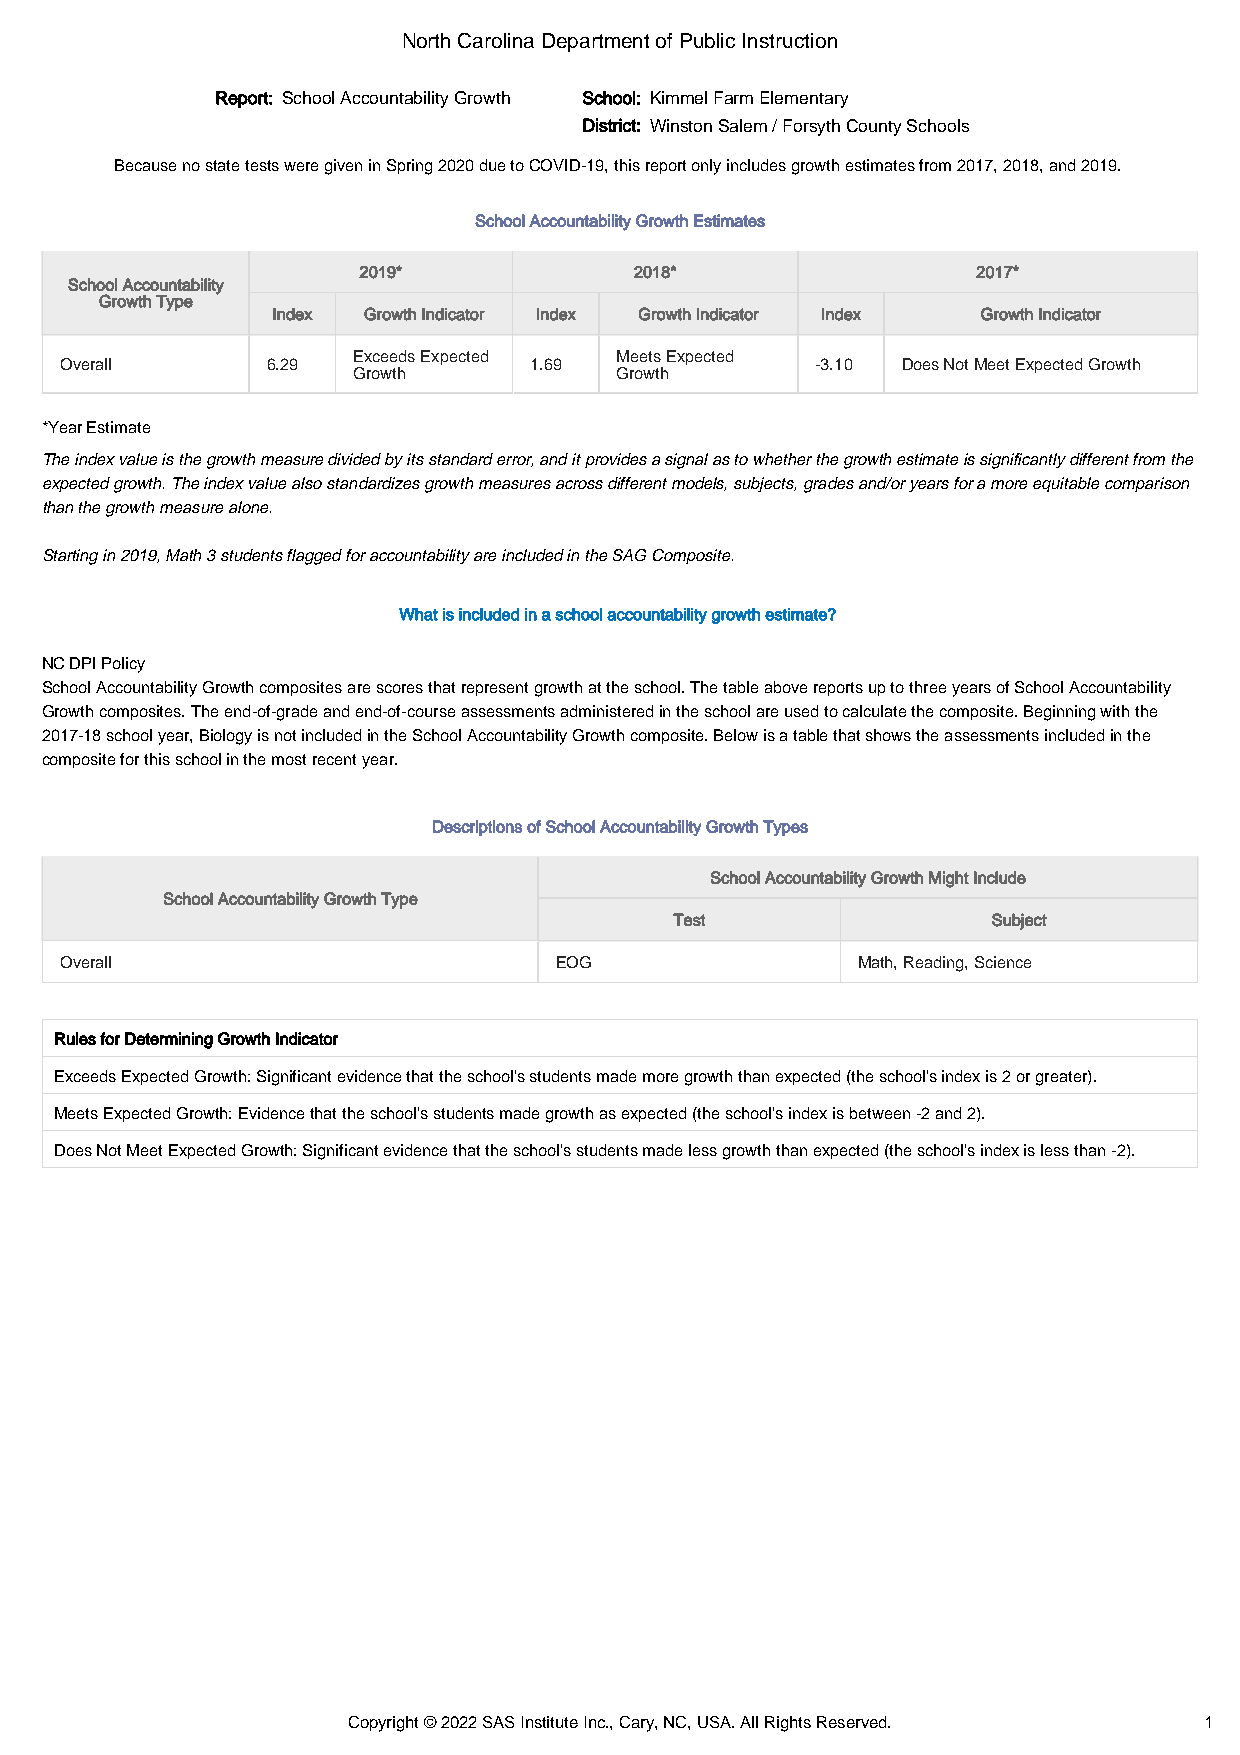
North Carolina Department of Public Instruction
 Report: School Accountability Growth School: Kimmel Farm Elementary
 District: Winston Salem / Forsyth County Schools
 Because no state tests were given in Spring 2020 due to COVID-19, t his report only includes growth estimates from 2017, 2018, and 2019.
 School Accountability Growth Estimates
 2019*             2018*                  2017*
 School Accountability
 Growth Type
 Index Growth Indicator Index Growth Indicator Index Growth Indicator
 Exceeds Expected  Meets Expected
 Overall       6.29             1.69               -3.10 Does Not Meet Expected Growth
 Growth            Growth
 * Year Estimate
 The index value is the growth measure divided by its standard error, and it provides a signal as to whether the growth estimate is significantly different from the
 expected growth. The index value also standardizes growth measures across different models, subjects, grades and/or years for a more equitable comparison
 than the growth measure alone.
 S tarting in 2019, Math 3 students flagged for accountability are included in the SAG Composite.
 What is included in a school accountability growth estimate?
 NC DPI Policy
 School Accountability Growth composites are scores that represent growth at the school. The table above reports up to three years of School Accountability
 Growth composites. The end-of-grade and end-of-course assessments administered in the school are used to calculate the composite. Beginning with the
 2017-18 school year, Biology is not included in the School Accountability Growth composite. Below is a table that shows the assessments included in the
 composite for this school in the most recent year.
 Descriptions of School Accountability Growth Types
 School Accountability Growth Might Include
 School Accountability Growth Type
 Test                 Subject
 Overall                          EOG                 Math, Reading, Science
 Rules for Determining Growth Indicator
 Exceeds Expected Growth: Significant evidence that the school's students made more growth than expected (the school's index is 2 or greater).
 Meets Expected Growth: Evidence that the school's students made growth as expected (the school's index is between -2 and 2).
 Does Not Meet Expected Growth: Significant evidence that the school's students made less growth than expected (the school's index is less than -2).
 Copyright © 2022 SAS Institute Inc., Cary, NC, USA. All Rights Reserved. 1